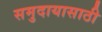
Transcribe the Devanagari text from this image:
समुदायासाठी